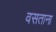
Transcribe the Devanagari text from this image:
वसताना